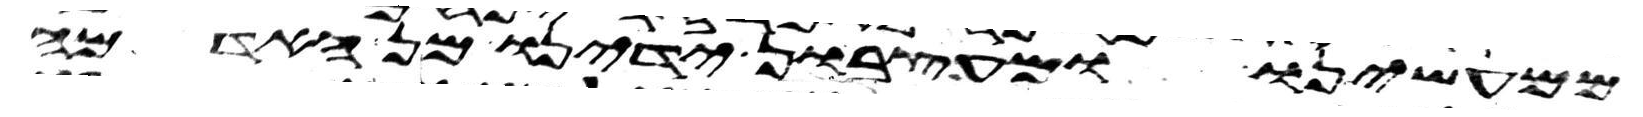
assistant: ממעשינו ומעצבון ידינו מן האדמה